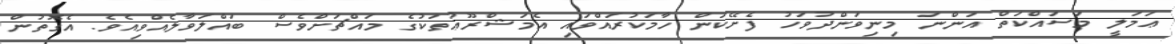
ޢަމަލީ މަސައްކަތް އަންނަ މިނިވަންދުވަހު ފެށޭކަން ހާމަކުރައްވައި އެމަޝްރޫޢުތަކުގެ މައްޗަށްވެސް ބައްލަވާލެއްވިއެވެ. އެގޮތުން